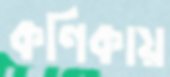
কণিকায়